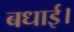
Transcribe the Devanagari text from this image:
बधाई।